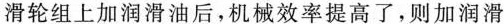
滑轮组上加润滑油后，机械效率提高了，则加润滑